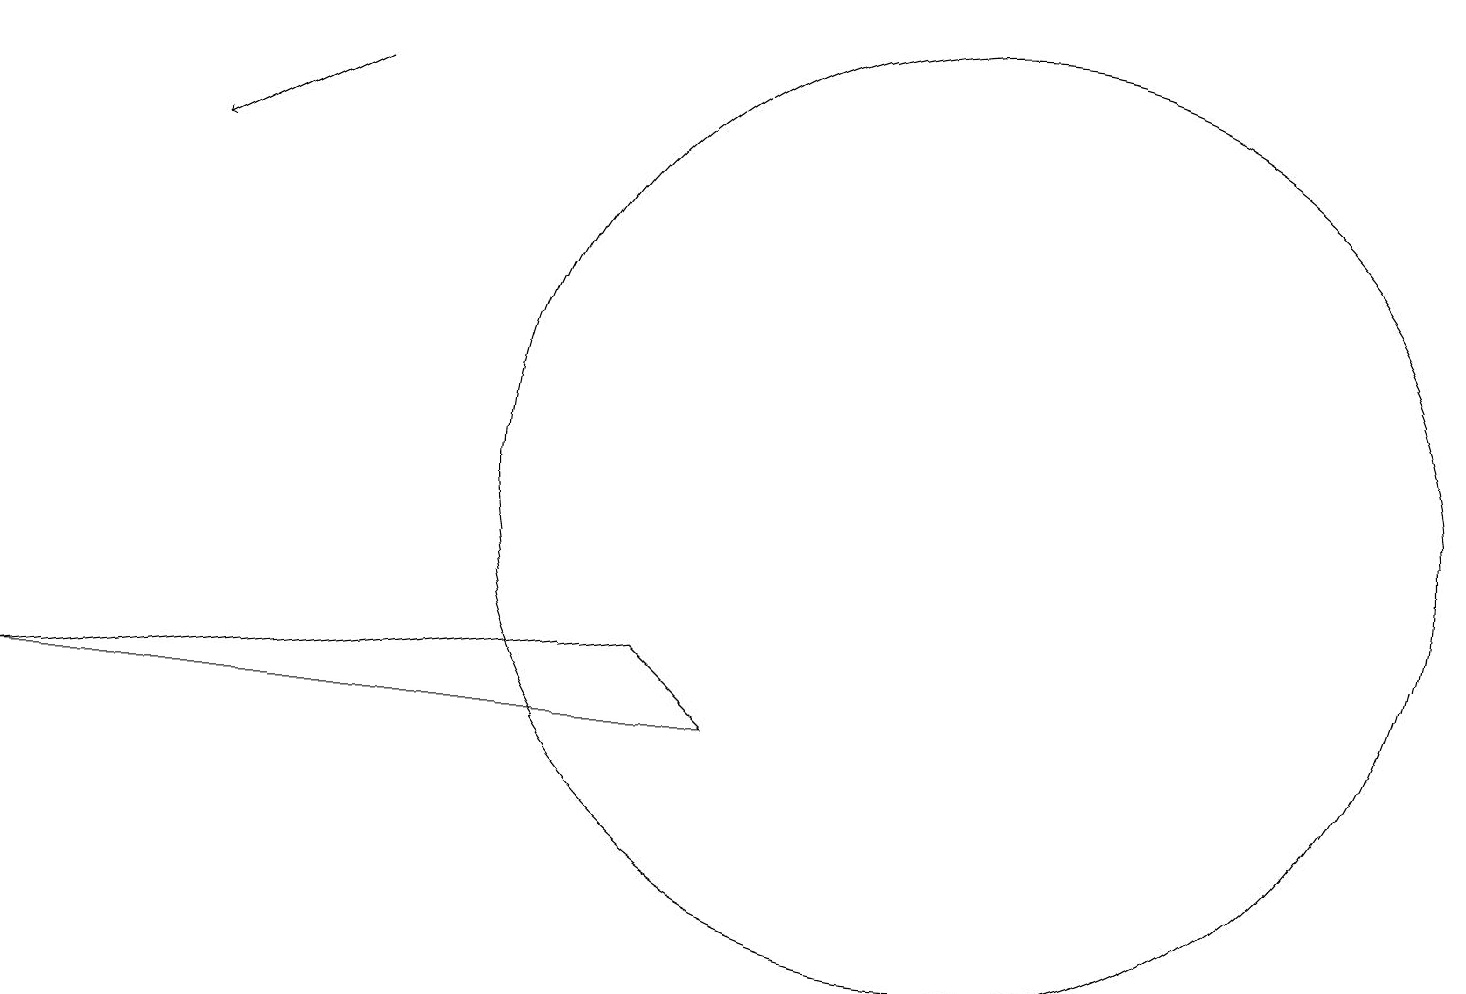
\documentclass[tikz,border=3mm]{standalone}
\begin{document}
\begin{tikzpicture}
\draw (0,7) -- (9,7) -- (8,8) -- cycle;
\draw (12,10) circle (6);
\draw[->] (4,15) -- (2,14);
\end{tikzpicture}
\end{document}